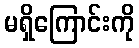
မရှိကြောင်းကို